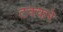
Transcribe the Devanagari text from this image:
टक्करे